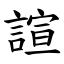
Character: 諠